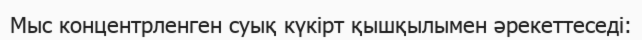
Мыс концентрленген суық күкірт қышқылымен әрекеттеседі: